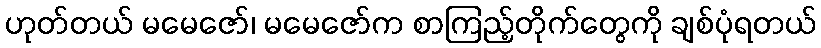
ဟုတ်တယ် မမေဇော်၊ မမေဇော်က စာကြည့်တိုက်တွေကို ချစ်ပုံရတယ်